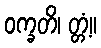
ဝက္ခတိ၊ တ္တံ့။